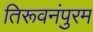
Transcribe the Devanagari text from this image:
तिरूवनंपुरम